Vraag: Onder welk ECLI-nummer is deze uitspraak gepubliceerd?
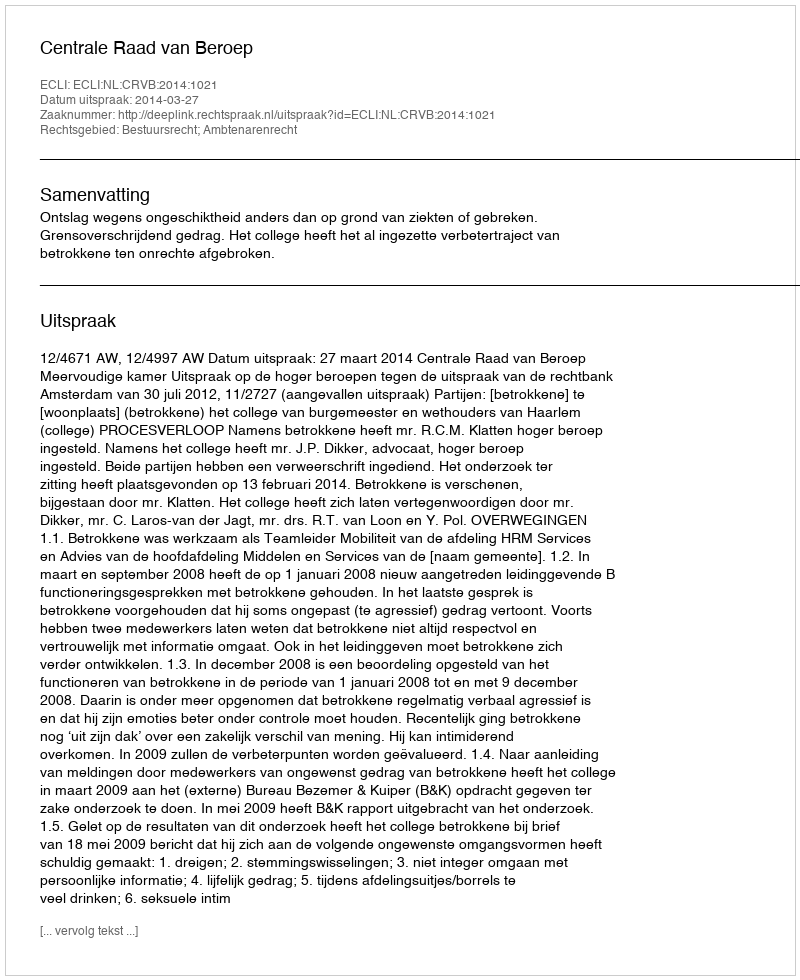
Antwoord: ECLI:NL:CRVB:2014:1021